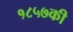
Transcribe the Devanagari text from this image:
१८५७की